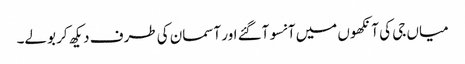
میاں جی کی آنکھوں میں آنسو آگئے اور آسمان کی طرف دیکھ کر بولے۔